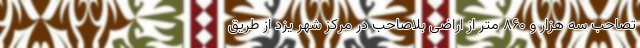
تصاحب سه هزار و ۸۶۰ متر از اراضی بلاصاحب در مرکز شهر یزد از طریق